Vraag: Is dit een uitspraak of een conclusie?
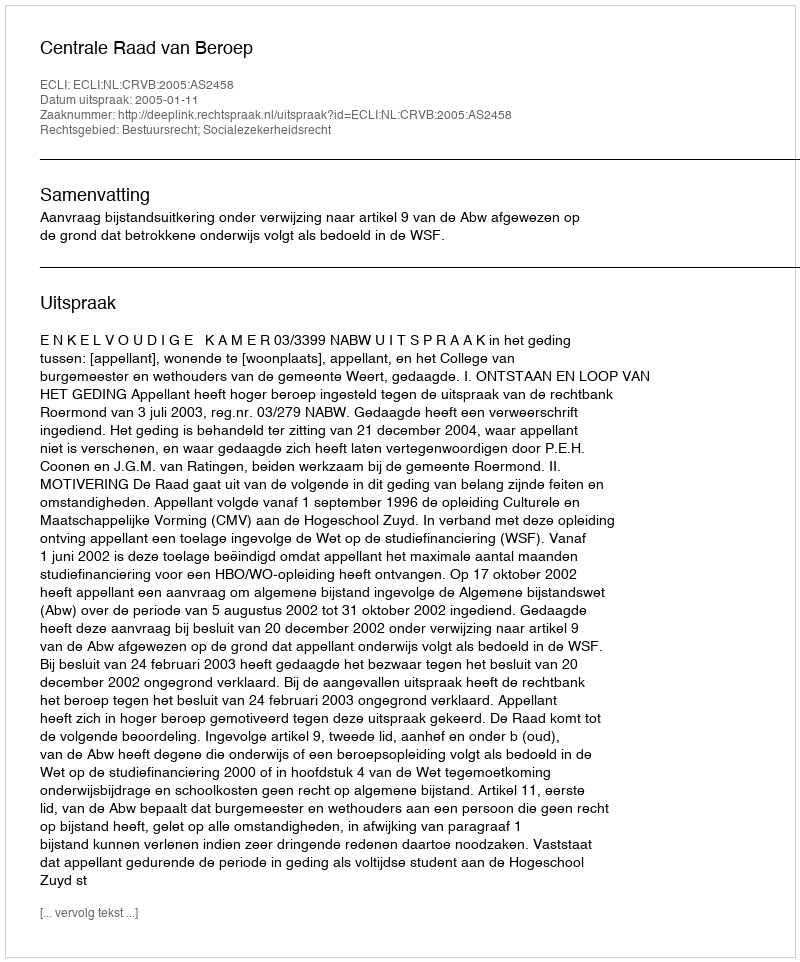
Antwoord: Uitspraak